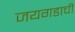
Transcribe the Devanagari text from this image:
जयगडाची